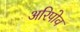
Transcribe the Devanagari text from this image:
अरिपोव